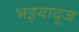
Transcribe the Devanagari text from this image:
भइयादूज